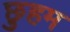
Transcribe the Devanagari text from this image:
छुहम